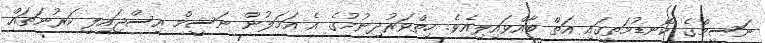
ނަސީމްގެ ކޮނޑުމަތީގައި އަތް ބާއްވައިލިއެވެ. ހިތްވަރުދިނުމުގެ އެ އަމަލުން ނަސީމް އިސްޖައިލީ ކަރުނަތައް